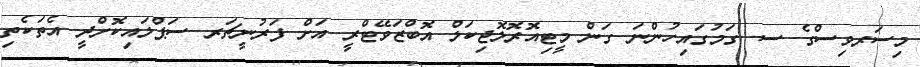
މިސަރވިސްގެ ސ. ގަމުގައިހުންނަ ގަން މީޓިއޮރޮލޮޖިކަލް އޮބްޒަވޭޓްރީ އަށް ފަރުނީޗަރ ސަޕްލައިކޮށްދީ އެތަކެތި